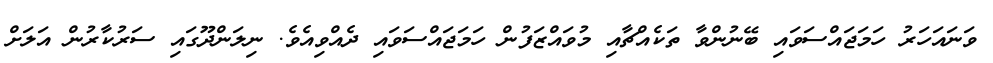
ވަނައަހަރު ހަމަޖައްސަވައި ބޭނުންވާ ތަކެއްޗާއި މުވައްޒަފުން ހަމަޖައްސަވައި ދެއްވިއެވެ. ނިލަންދޫގައި ސަރުކާރުން އަލަށް